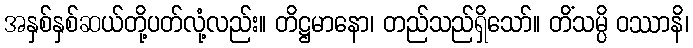
အနှစ်နှစ်ဆယ်တို့ပတ်လုံ့လည်း။ တိဋ္ဌမာနော၊ တည်သည်ရှိသော်။ တိံသမ္ပိ ဝဿာနိ၊